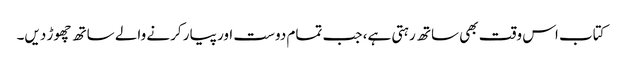
کتاب اس وقت بھی ساتھ رہتی ہے، جب تمام دوست اور پیار کرنے والے ساتھ چھوڑ دیں۔